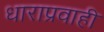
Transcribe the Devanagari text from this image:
धाराप्रवाही